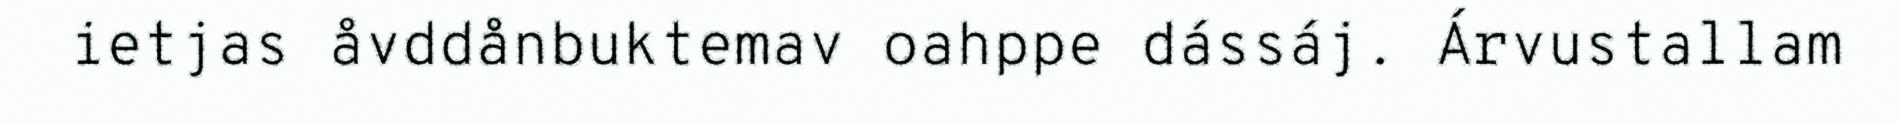
ietjas åvddånbuktemav oahppe dássáj. Árvustallam